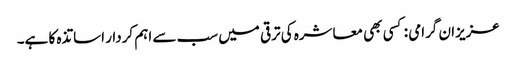
عزیزان گرامی : کسی بھی معاشرہ کی ترقی میں سب سے اہم کردار اساتذہ کا ہے۔